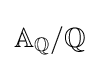
\mathbb {A} _{\mathbb {Q} }/\mathbb {Q}